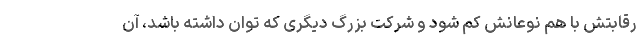
رقابتش با هم نوعانش کم شود و شرکت بزرگ دیگری که توان داشته باشد، آن